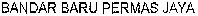
BANDAR BARU PERMAS JAYA